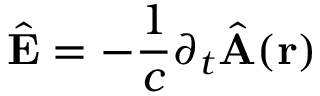
\hat { \mathbf { E } } = - \frac { 1 } { c } \partial _ { t } \hat { \mathbf { A } } ( \mathbf { r } )